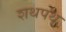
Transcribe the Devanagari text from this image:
शथपथ